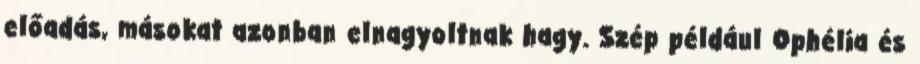
előadás, másokat azonban elnagyoltnak hagy. Szép például Ophélia és